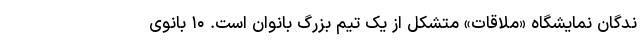
ندگانِ نمایشگاهِ «ملاقات» متشکل از یک تیمِ‌ بزرگ بانوان است. ۱۰ بانوی